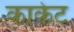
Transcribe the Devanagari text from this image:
काकेट